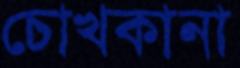
চোখকানা